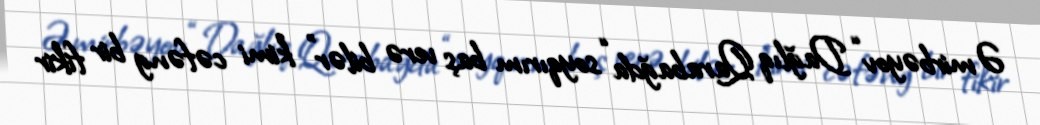
Əmirbəyov “Dağlıq Qarabağda “soyqırım baş verə bilər” kimi cəfəng bir fikir